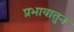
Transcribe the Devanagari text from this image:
प्रभावातुन